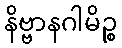
နိဗ္ဗာနဂါမိဉ္စ